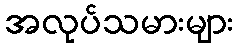
အလုပ်သမားများ